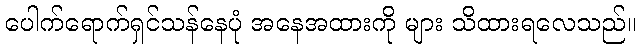
ပေါက်ရောက်ရှင်သန်နေပုံ အနေအထားကို များ သိထားရလေသည်။